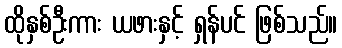
ထိုနှစ်ဦးကား ယဖားနှင့် ရှန်ပင် ဖြစ်သည်။